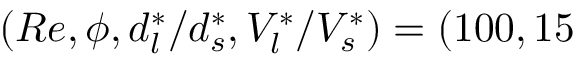
\left( R e , \phi , d _ { l } ^ { * } / d _ { s } ^ { * } , V _ { l } ^ { * } / V _ { s } ^ { * } \right) = ( 1 0 0 , 1 5 \